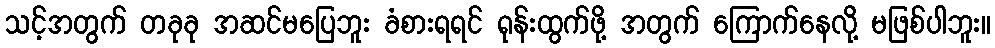
သင့်အတွက် တခုခု အဆင်မပြေဘူး ခံစားရရင် ရုန်းထွက်ဖို့ အတွက် ကြောက်နေလို့ မဖြစ်ပါဘူး။